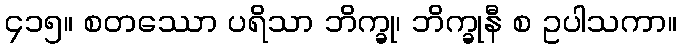
၄၁၅။ စတဿော ပရိသာ ဘိက္ခု၊ ဘိက္ခုနီ စ ဥပါသကာ။